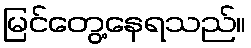
မြင်တွေ့နေရသည်။